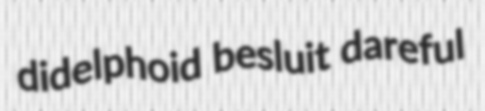
didelphoid besluit dareful